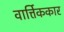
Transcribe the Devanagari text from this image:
वार्त्तिककार